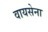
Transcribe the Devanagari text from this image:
वायसेना